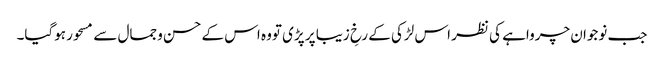
جب نوجوان چرواہے کی نظر اس لڑکی کے رخِ زیبا پر پڑی تووہ اس کے حسن وجمال سے مسحور ہوگیا۔